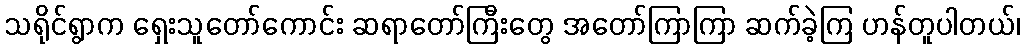
သရိုင်ရွာက ရှေးသူတော်ကောင်း ဆရာတော်ကြီးတွေ အတော်ကြာကြာ ဆက်ခဲ့ကြ ဟန်တူပါတယ်၊